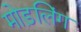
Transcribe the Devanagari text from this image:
मोड़लिंग